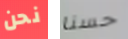
نحن حسنا